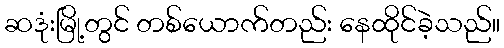
ဆဒုံးမြို့တွင် တစ်ယောက်တည်း နေထိုင်ခဲ့သည်။